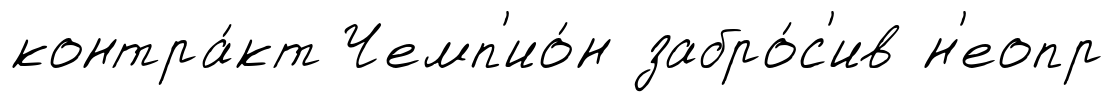
контра́кт Чемп'ио́н забро́с'ив н'еопр